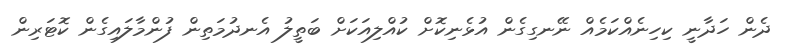
ދެން ހަދާނީ ކިހިނެއްކަމެއް ނޭނގިގެން އުޅެނިކޮށް ކުއްލިއަކަށް ބަތީލު އެނދުމަތިން ފުންމާލައިގެން ކޮޓަރިން